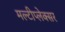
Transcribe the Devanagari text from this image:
मल्टीप्लेक्सर